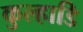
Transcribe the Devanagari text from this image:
कुल्हाडि